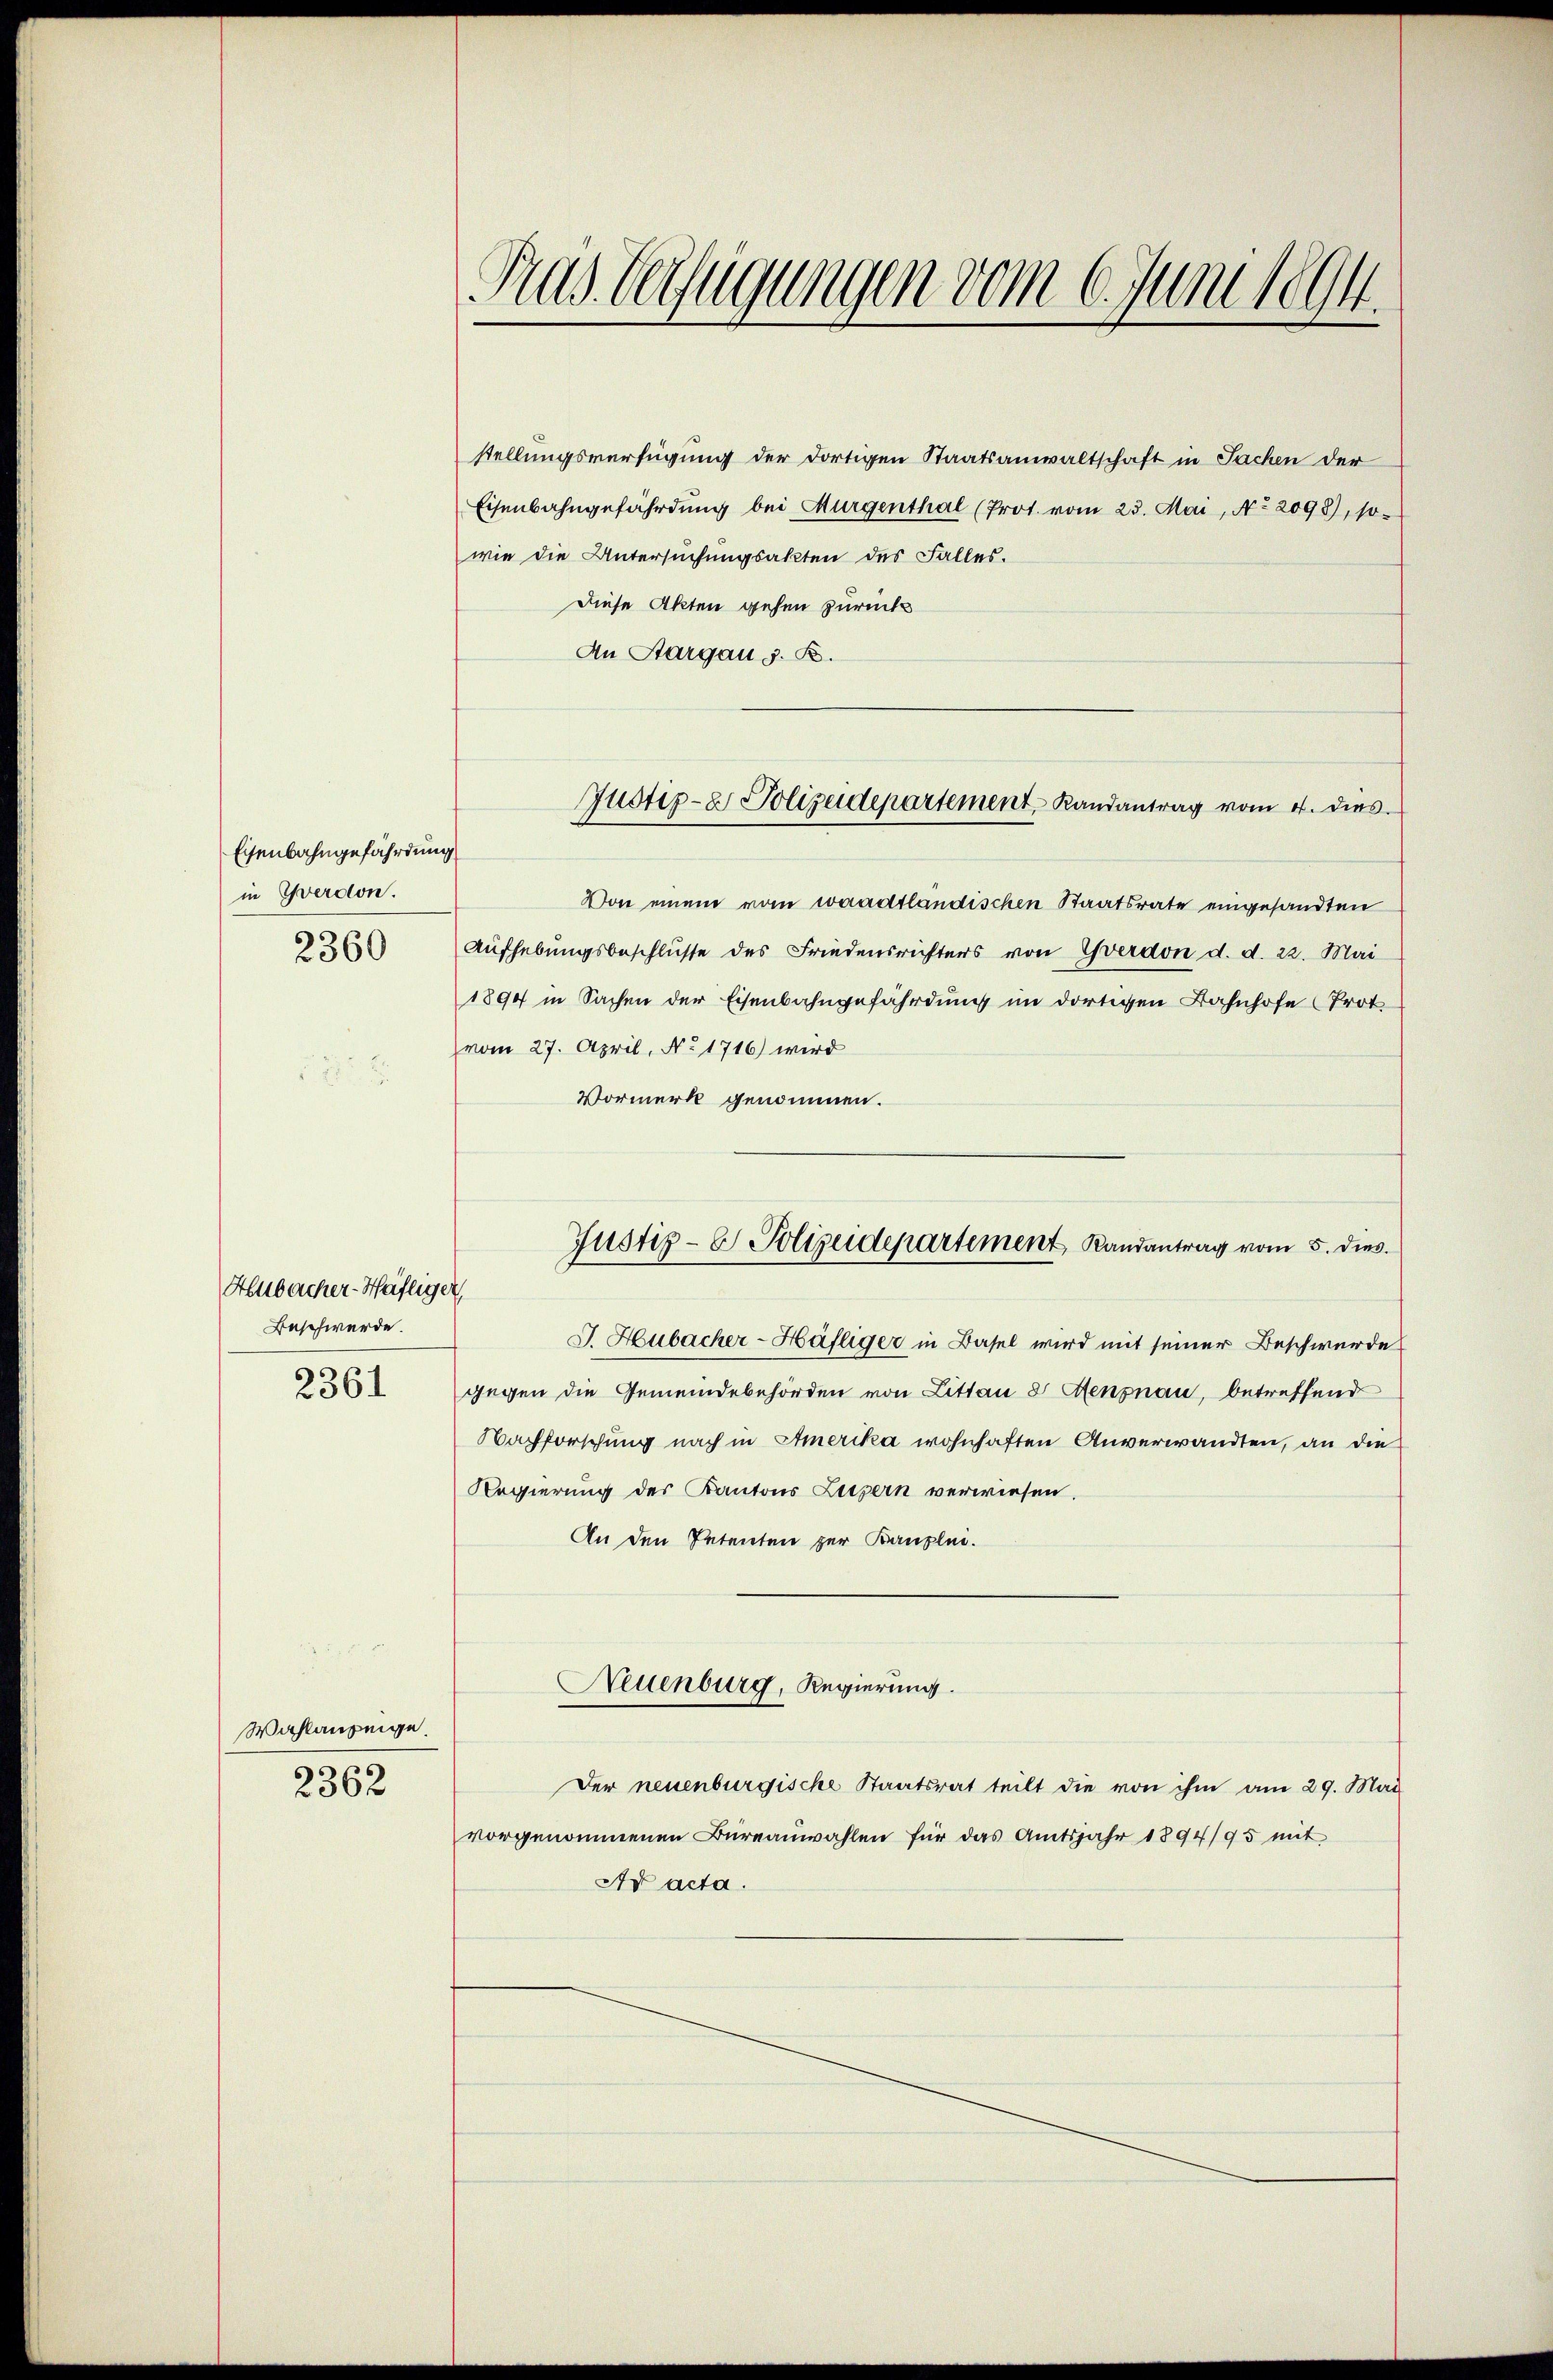
Eisenbahngefährdung
in Yverdon.
2360

Alubacher-Häfliger
Beschwerde.
2361

Wahlanzeige
2362

Das Verfügungen vom 6. Juni 1894.

stellungsverfügung der dortigen Staatsanwaltschaft in Sachen der
Eisenbahngefährdung bei Mürgenthal (Prot. vom 23. Mai, No. 2098), sowie die Untersuchungsakten des Falles.
Diese Akten gehen zurück
An Sargau s. B.
Von einem vom waadtländischen Staatsrate eingesandten
Aŭfhebŭngsbeschlüsse des Friedensrichters von Yverdon d. d. 22. Mai
1894 in Sachen der Eisenbahngefährdung im dortigen Bahnhofe (Prot
vom 27. April, No 1716) wird
Vormerk genommen.
J. Hubacher-Häfliger in Basel wird mit seiner Beschwerde
gegen die Gemeindebehörden von Littau d. Menznau, betreffend
Nachforschung nach in Amerika wohnhaften Anverwandten, an die
Regierung des Kantons Luzern verwiesen.
An den Petenten zur Kanzlei.
Neuenburg, Regierung.
Der neuenburgische Staatsrat teilt die von ihm am 29. Mai
vorgenommenen Büreaŭwahlen für das Amtsjahr 1894/95 mit
Ad acta.

Justiz- & Polizeidepartement Randantrag vom 4. dies

Justiz- & Polizeidepartement, Randantrag vom 5. dies